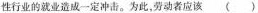
性行业的就业造成一定冲击。为此，劳动者应该 （ ）